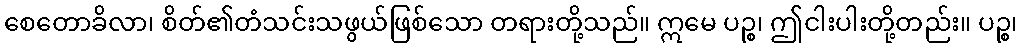
စေတောခိလာ၊ စိတ်၏တံသင်းသဖွယ်ဖြစ်သော တရားတို့သည်။ ဣမေ ပဉ္စ၊ ဤငါးပါးတို့တည်း။ ပဉ္စ၊